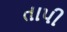
તાપી